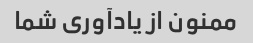
ممنون از یادآوری شما